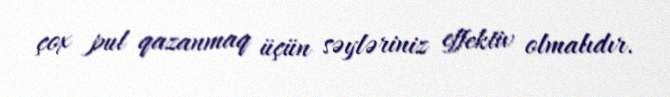
çox pul qazanmaq üçün səyləriniz effektiv olmalıdır.